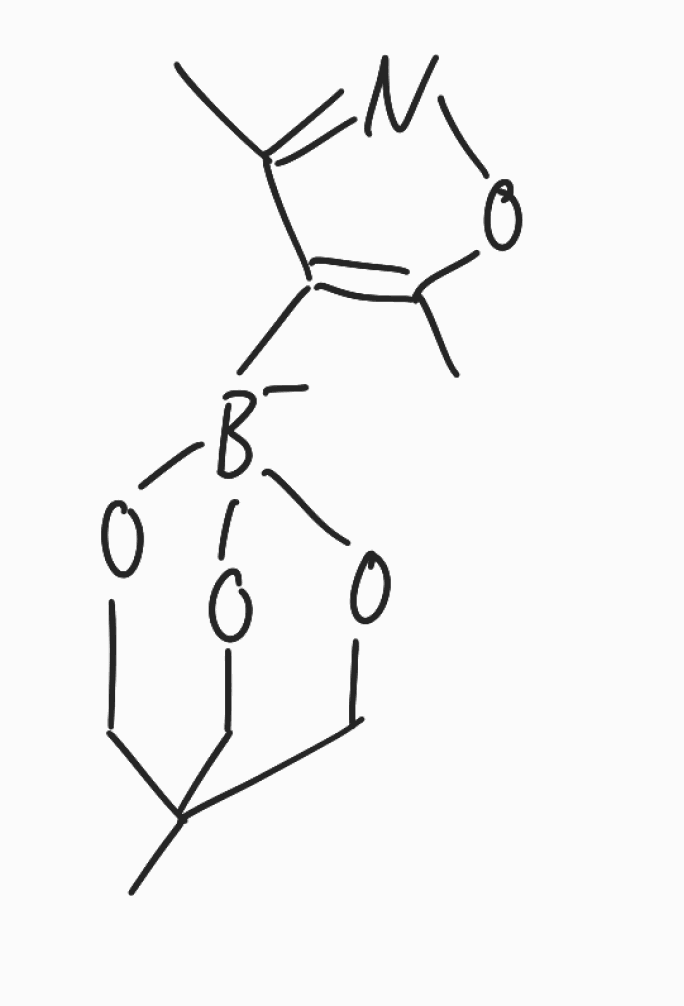
Simplified molecular-input line-entry system (SMILES) notation of the given molecule:
[B-]12(OCC(CO1)(CO2)C)C3=C(ON=C3C)C